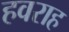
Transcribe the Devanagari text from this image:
हवराह